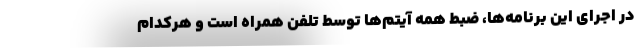
در اجرای این برنامه‌ها، ضبط همه‌ آیتم‌ها توسط تلفن همراه است و هرکدام